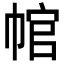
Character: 𢃙